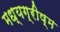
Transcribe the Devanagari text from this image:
मध्यग्रीष्म